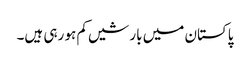
پاکستان میں بارشیں کم ہو رہی ہیں۔